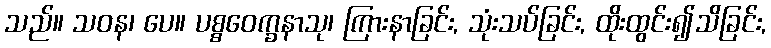
သည်။ သဝန၊ ပေ။ ပစ္စဝေက္ခနာသု၊ ကြားနာခြင်း, သုံးသပ်ခြင်း, ထိုးထွင်း၍သိခြင်း,